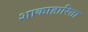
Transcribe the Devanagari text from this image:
शाकाहारिता